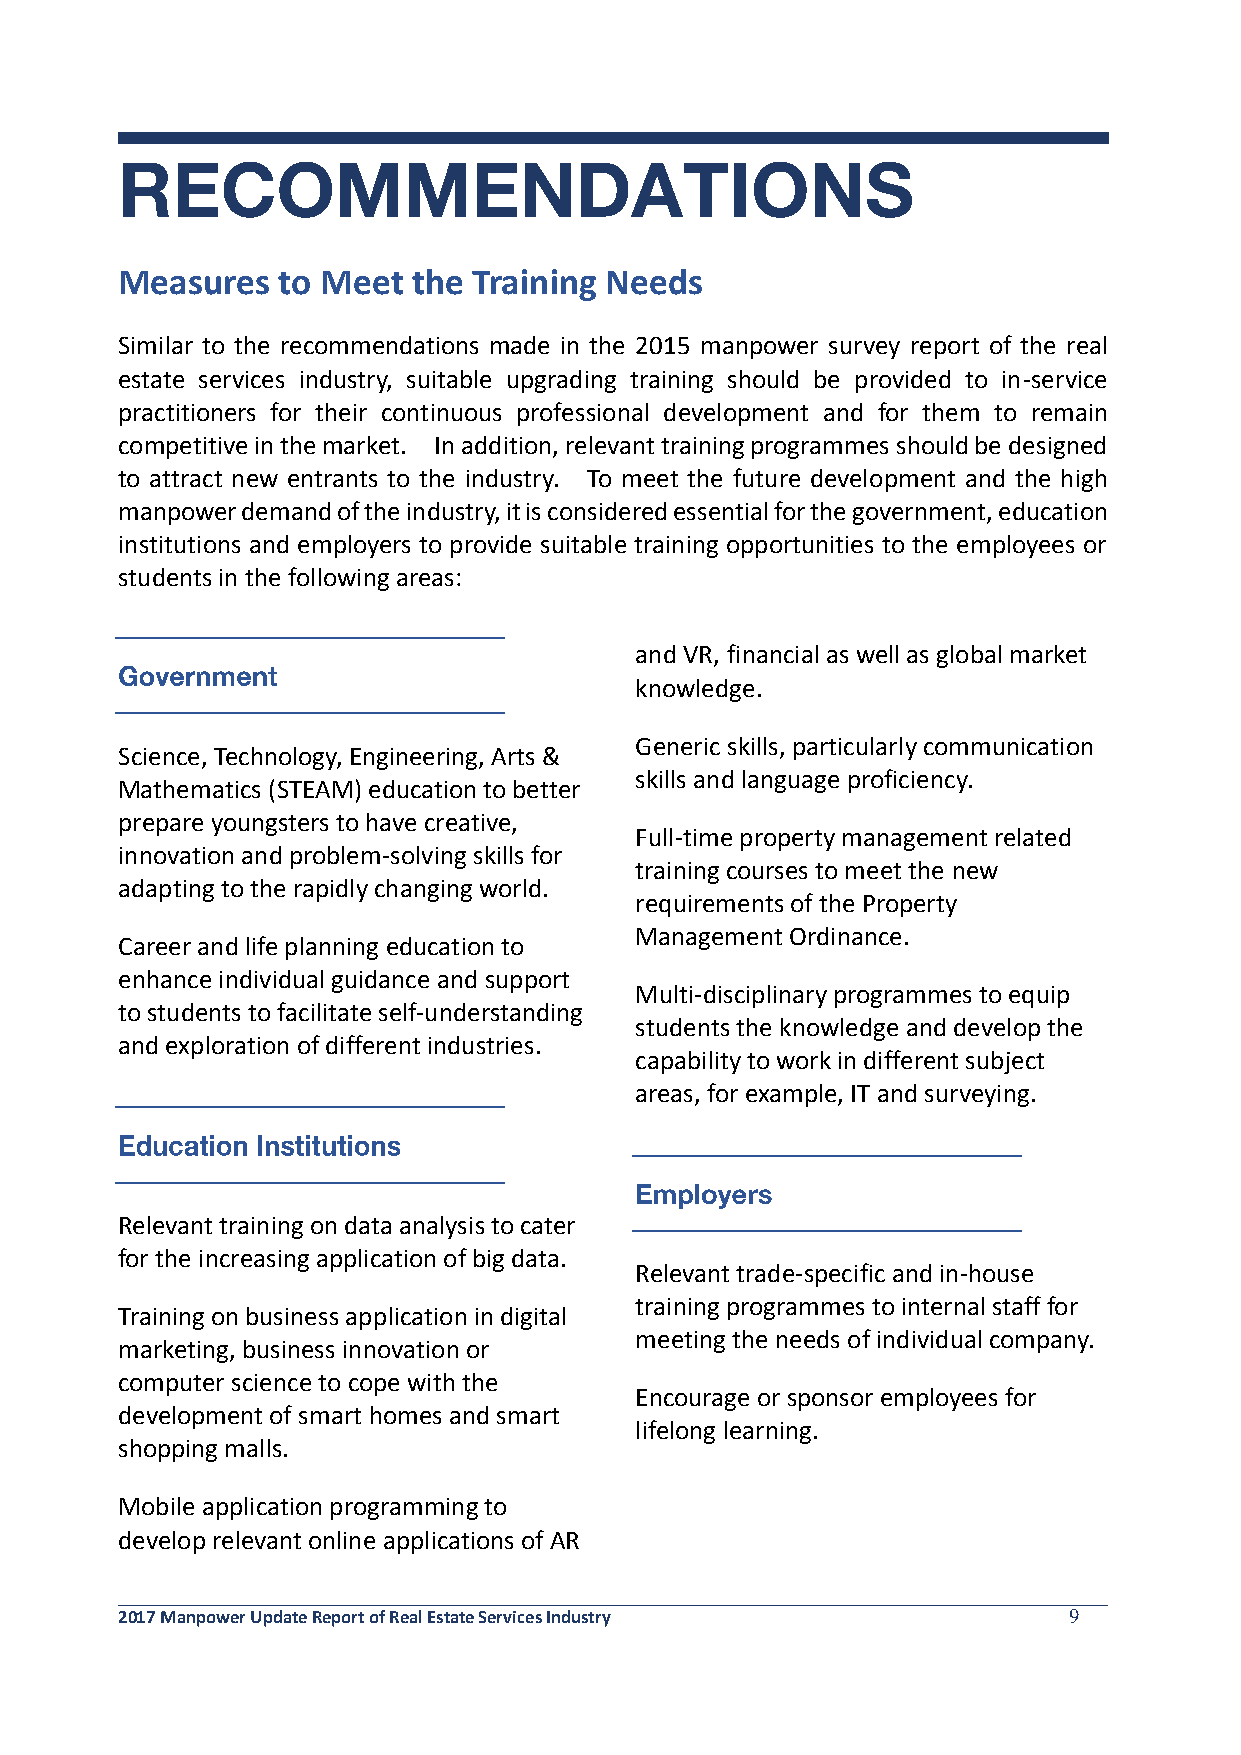
Measures  to Meet  the Training Needs
 Similar to the recommendations made in the 2015 manpower survey report of the real
 estate services industry, suitable upgrading training should be provided to in-service
 practitioners for their continuous professional development and for them to remain
 competitive in the market. In addition, relevant training programmes should be designed
 to attract new entrants to the industry. To meet the future development and the high
 manpower demand of the industry, it is considered essential for the government, education
 institutions and employers to provide suitable training opportunities to the employees or
 students in the following areas:
 and VR, financial as well as global market
 knowledge.
 Generic skills, particularly communication
 Science, Technology, Engineering, Arts &
 skills and language proficiency.
 Mathematics (STEAM) education to better
 prepare youngsters to have creative,
 Full-time property management related
 innovation and problem-solving skills for
 training courses to meet the new
 adapting to the rapidly changing world.
 requirements of the Property
 Management Ordinance.
 Career and life planning education to
 enhance individual guidance and support
 Multi-disciplinary programmes to equip
 to students to facilitate self-understanding
 students the knowledge and develop the
 and exploration of different industries.
 capability to work in different subject
 areas, for example, IT and surveying.
 Relevant training on data analysis to cater
 for the increasing application of big data.
 Relevant trade-specific and in-house
 training programmes to internal staff for
 Training on business application in digital
 meeting the needs of individual company.
 marketing, business innovation or
 computer science to cope with the
 Encourage or sponsor employees for
 development of smart homes and smart
 lifelong learning.
 shopping malls.
 Mobile application programming to
 develop relevant online applications of AR
 2017 Manpower Update Report of Real Estate Services Industry   9